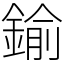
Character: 鍮